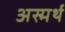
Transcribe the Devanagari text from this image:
अस्मर्थ